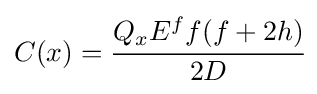
C(x)={\cfrac {Q_{x}E^{f}f(f+2h)}{2D}}